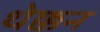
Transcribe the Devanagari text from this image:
थेक्कन